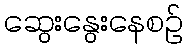
ဆွေးနွေးနေစဉ်